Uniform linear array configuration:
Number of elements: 12
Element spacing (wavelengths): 1
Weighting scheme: kaiser
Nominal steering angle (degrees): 15
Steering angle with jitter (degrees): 16.053
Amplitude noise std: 0.05
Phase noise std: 0.05

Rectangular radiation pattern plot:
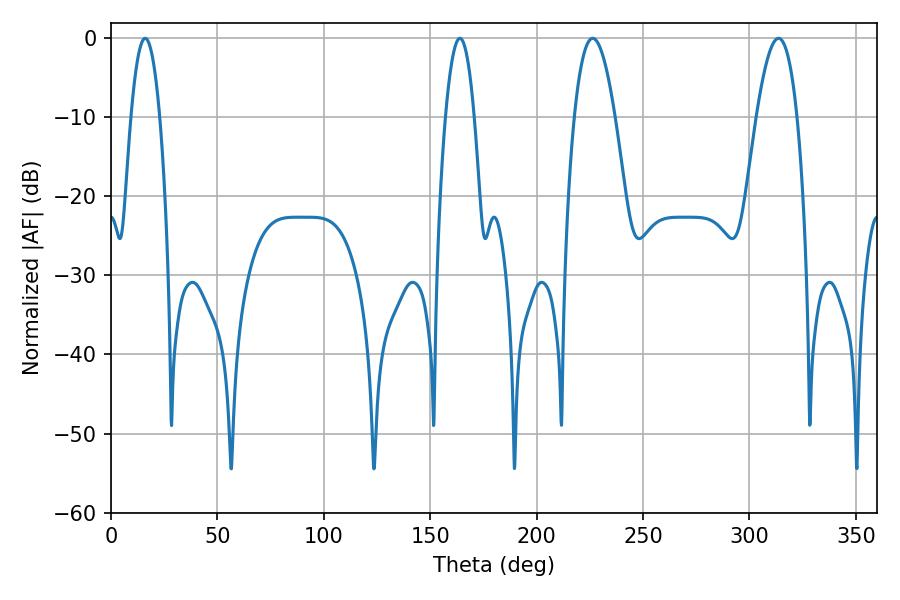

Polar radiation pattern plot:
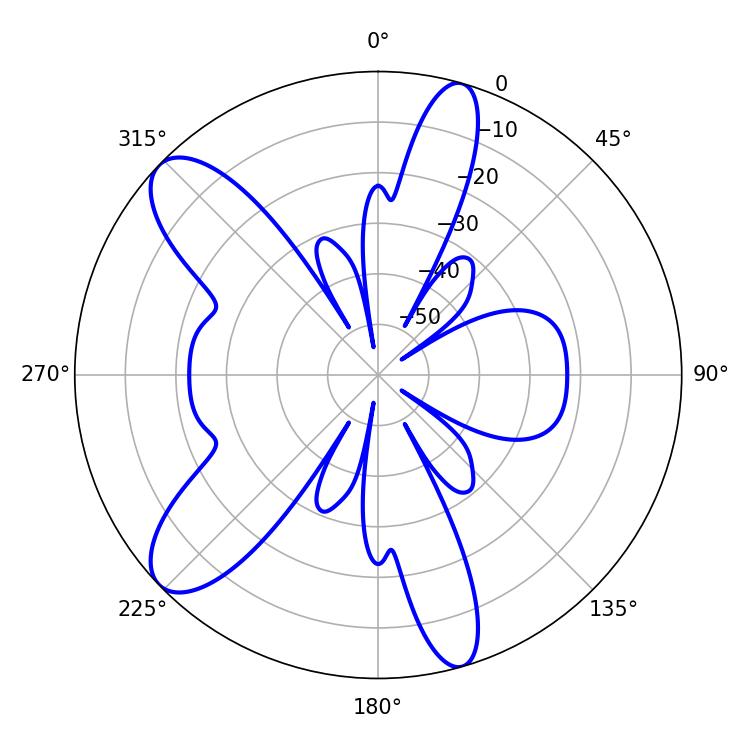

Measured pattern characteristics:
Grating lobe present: TRUE
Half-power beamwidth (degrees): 7.38
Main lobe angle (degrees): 16.02